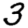
Digit: 3